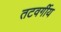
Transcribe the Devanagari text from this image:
तटवर्गीय